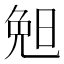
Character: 𣆶